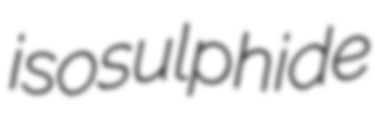
isosulphide